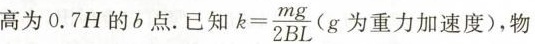
为0.7H的b点。已知$$k = \frac { m g } { 2 B L }$$ g为重力加速度)，物